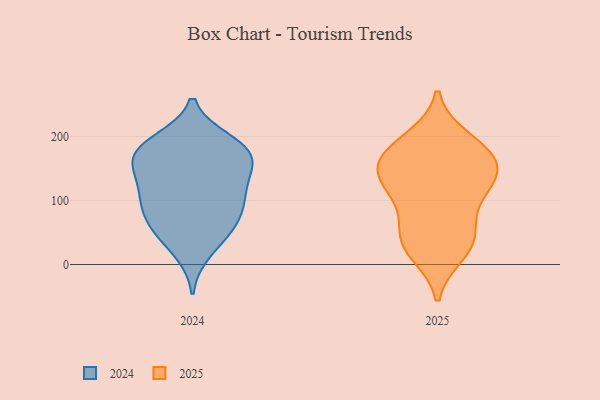
{"axis": {"x": "Operating Costs (USD K)", "y": "Value"}, "legend": ["2024", "2025"], "data": [{"x": "", "y": 82, "type": "2024"}, {"x": "", "y": 192, "type": "2024"}, {"x": "", "y": 164, "type": "2024"}, {"x": "", "y": 71, "type": "2024"}, {"x": "", "y": 172, "type": "2024"}, {"x": "", "y": 103, "type": "2024"}, {"x": "", "y": 20, "type": "2024"}, {"x": "", "y": 134, "type": "2024"}, {"x": "", "y": 168, "type": "2024"}, {"x": "", "y": 119, "type": "2024"}, {"x": "", "y": 178, "type": "2024"}, {"x": "", "y": 121, "type": "2024"}, {"x": "", "y": 49, "type": "2024"}, {"x": "", "y": 161, "type": "2024"}, {"x": "", "y": 193, "type": "2024"}, {"x": "", "y": 87, "type": "2024"}, {"x": "", "y": 51, "type": "2024"}, {"x": "", "y": 179, "type": "2025"}, {"x": "", "y": 19, "type": "2025"}, {"x": "", "y": 157, "type": "2025"}, {"x": "", "y": 155, "type": "2025"}, {"x": "", "y": 180, "type": "2025"}, {"x": "", "y": 34, "type": "2025"}, {"x": "", "y": 45, "type": "2025"}, {"x": "", "y": 115, "type": "2025"}, {"x": "", "y": 141, "type": "2025"}, {"x": "", "y": 195, "type": "2025"}, {"x": "", "y": 142, "type": "2025"}, {"x": "", "y": 86, "type": "2025"}, {"x": "", "y": 119, "type": "2025"}, {"x": "", "y": 38, "type": "2025"}]}